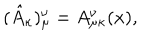
( \hat { A } _ { \kappa } ) _ { \mu } ^ { \nu } = A _ { \mu \kappa } ^ { \nu } ( x ) ,